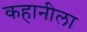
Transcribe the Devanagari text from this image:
कहानीला